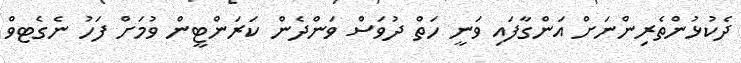
ދެކުޅުންތެރިންނަށް އަންގާފައި ވަނީ ހަތް ދުވަސް ވަންދެން ކަރަންޓީން ވުމަށް ފަހު ނެގެޓވް